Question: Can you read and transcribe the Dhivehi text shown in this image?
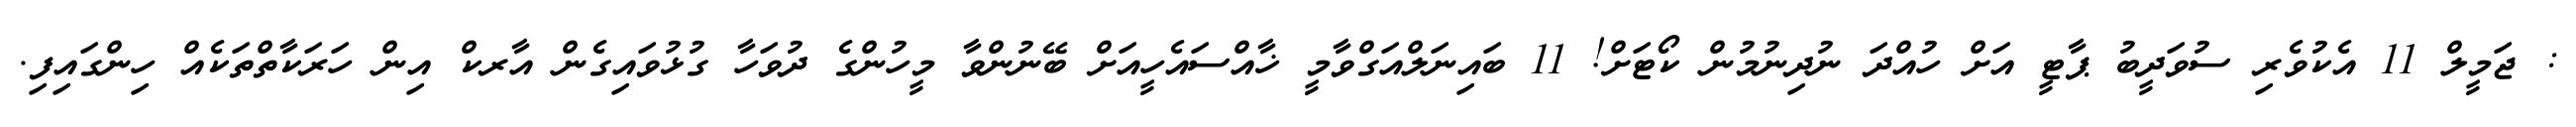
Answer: : ޖަމީލް 11 އެކުވެރި ސުވަދީބު ޕާޓީ އަށް ހުއްދަ ނުދިނުމުން ކޯޓަށް! 11 ބައިނަލްއަގްވާމީ ޚާއްސައެހީއަށް ބޭނުންވާ މީހުންގެ ދުވަހާ ގުޅުވައިގެން އާރކް އިން ހަރަކާތްތަކެއް ހިންގައިފި.